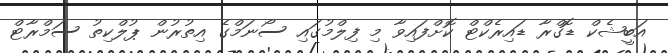
އަބީޝެކް ޑޮގްރާ ޑައިރެކްޓް ކޮށްފައިވާ މި ފިލްމުގައި ސޯނަމްގެ އިތުރުން ޕުލްކިތު ސަމްރާޓް